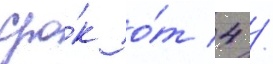
сро́к о́т 4 /